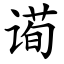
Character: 䜦